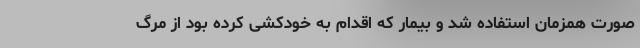
صورت همزمان استفاده شد و بیمار که اقدام به خودکشی کرده بود از مرگ